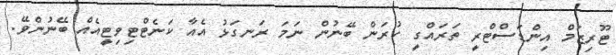
ޓޫރިޒަމް އިންޑަސްޓްރީ ތަރައްގީ ކުރަން ބޭނުން ނަމަ ރަނގަޅު އެއާ ކަނެޓްޓިވިޓީއެއް ބޭނުންވޭ.